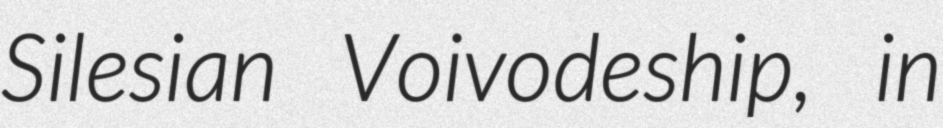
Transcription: Silesian Voivodeship, in